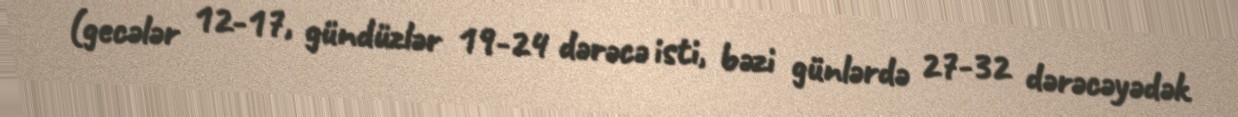
(gecələr 12-17, gündüzlər 19-24 dərəcə isti, bəzi günlərdə 27-32 dərəcəyədək